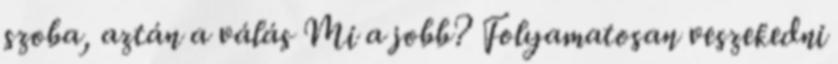
szoba, aztán a válás Mi a jobb? Folyamatosan veszekedni